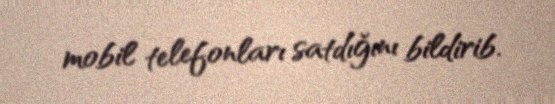
mobil telefonları satdığını bildirib.